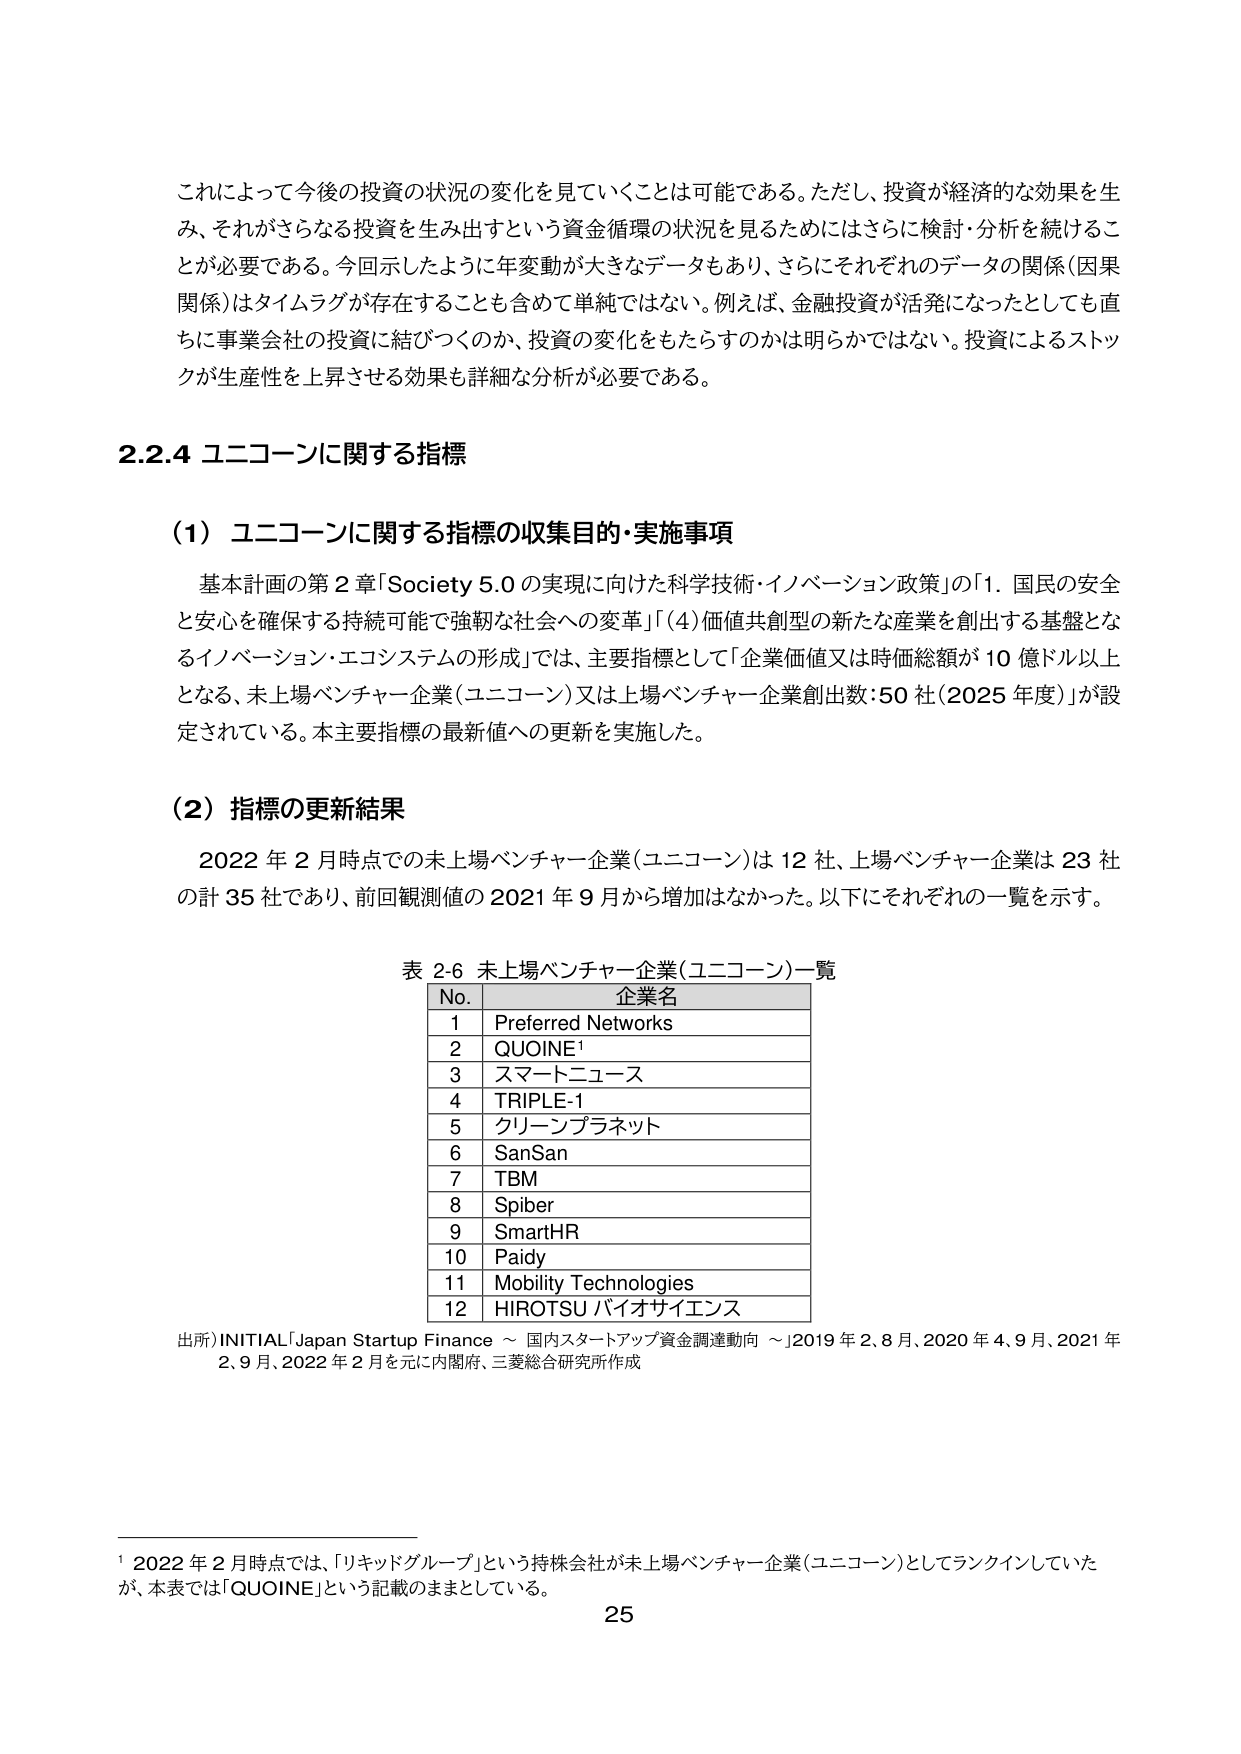
これによって今後の投資の状況の変化を見ていくことは可能である。ただし、投資が経済的な効果を生み、それがさらなる投資を生み出すという資金循環の状況を見るためにはさらに検討・分析を続けることが必要である。今回示したように年変動が大きなデータもあり、さらにそれぞれのデータの関係（因果関係）はタイムラグが存在することも含めて単純ではない。例えば、金融投資が活発になったとしても直ちに事業会社の投資に結びつくのか、投資の変化をもたらすのかは明らかではない。投資によるストックが生産性を上昇させる効果も詳細な分析が必要である。

2.2.4 ユニコーンに関する指標

（1）ユニコーンに関する指標の収集目的・実施事項

基本計画の第2章「Society 5.0の実現に向けた科学技術・イノベーション政策」の「1. 国民の安全と安心を確保する持続可能で強靭な社会への変革」「（4）価値共創型の新たな産業を創出する基盤となるイノベーション・エコシステムの形成」では、主要指標として「企業価値又は時価総額が10億ドル以上となる、未上場ベンチャー企業（ユニコーン）又は上場ベンチャー企業創出数：50社（2025年度）」が設定されている。本主要指標の最新値への更新を実施した。

（2）指標の更新結果

2022年2月時点での未上場ベンチャー企業（ユニコーン）は12社、上場ベンチャー企業は23社の計35社であり、前回観測値の2021年9月から増加はなかった。以下にそれぞれの一覧を示す。

表2-6 未上場ベンチャー企業（ユニコーン）一覧

No. 企業名
1 Preferred Networks
2 QUOINE¹
3 スマートニュース
4 TRIPLE-1
5 クリーンプラネット
6 SanSan
7 TBM
8 Spiber
9 SmartHR
10 Paidy
11 Mobility Technologies
12 HIROTSU バイオサイエンス

出所）INITIAL「Japan Startup Finance ～ 国内スタートアップ資金調達動向 ～」2019年2、8月、2020年4、9月、2021年2、9月、2022年2月を元に内閣府、三菱総合研究所作成

¹ 2022年2月時点では、「リキッドグループ」という持株会社が未上場ベンチャー企業（ユニコーン）としてランクインしていたが、本表では「QUOINE」という記載のままとしている。

25